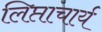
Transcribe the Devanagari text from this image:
लिप्ताचार्य